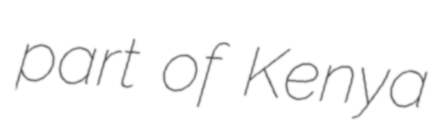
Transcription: part of Kenya